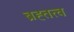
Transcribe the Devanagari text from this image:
ब्रह्तत्व